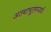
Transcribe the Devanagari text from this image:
अतथाभूतमप्यर्थ